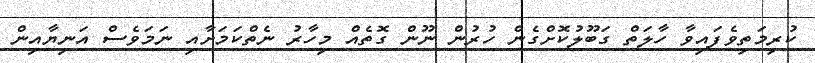
ކުރިމަތިވެފައިވާ ހާލަތް ގަބޫލުކޮށްގެން ހުރުން ނޫން ގޮތެއް މިހާރު ނެތްކަމަށާއި ނަމަވެސް އަނިޔާއިން